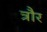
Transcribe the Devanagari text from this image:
त्रौर